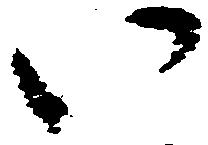
い